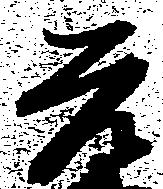
元